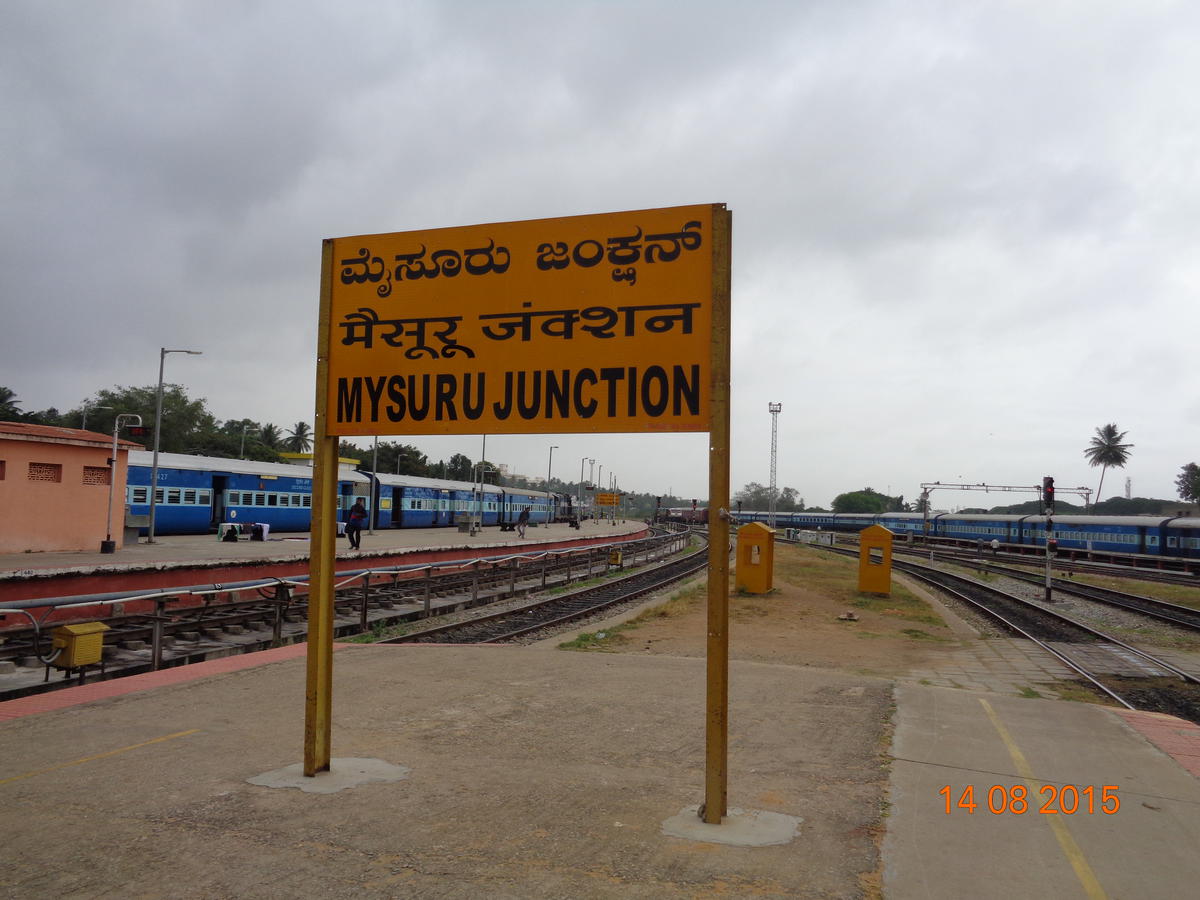
Language: kannada
Transcription: ಮೈಸೂರು ಜಂಕ್ಷನ್